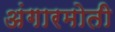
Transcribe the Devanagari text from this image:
अंगारमोती